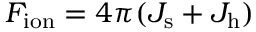
F _ { \mathrm { i o n } } = 4 \pi ( \ensuremath { J _ { \mathrm { s } } } + \ensuremath { J _ { \mathrm { h } } } )